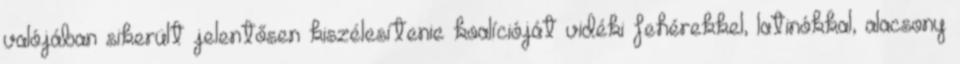
valójában sikerült jelentősen kiszélesítenie koalícióját vidéki fehérekkel, latinókkal, alacsony